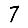
Digit: 7